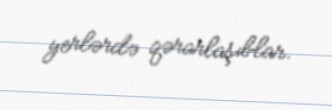
yerlərdə qərarlaşıblar.